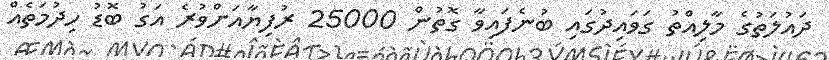
ދައުލަތުގެ މާލިއްތު ގަވައިދުގައި ބުނެފައިވާ ގޮތުން 25000 ރުފިޔާއަށްވުރެ އަގު ބޮޑު ހިދުމަތެއް